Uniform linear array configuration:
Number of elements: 24
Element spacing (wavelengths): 1
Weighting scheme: cosine
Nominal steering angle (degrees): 0
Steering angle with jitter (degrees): -0.2906
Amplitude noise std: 0.05
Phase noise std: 0.05

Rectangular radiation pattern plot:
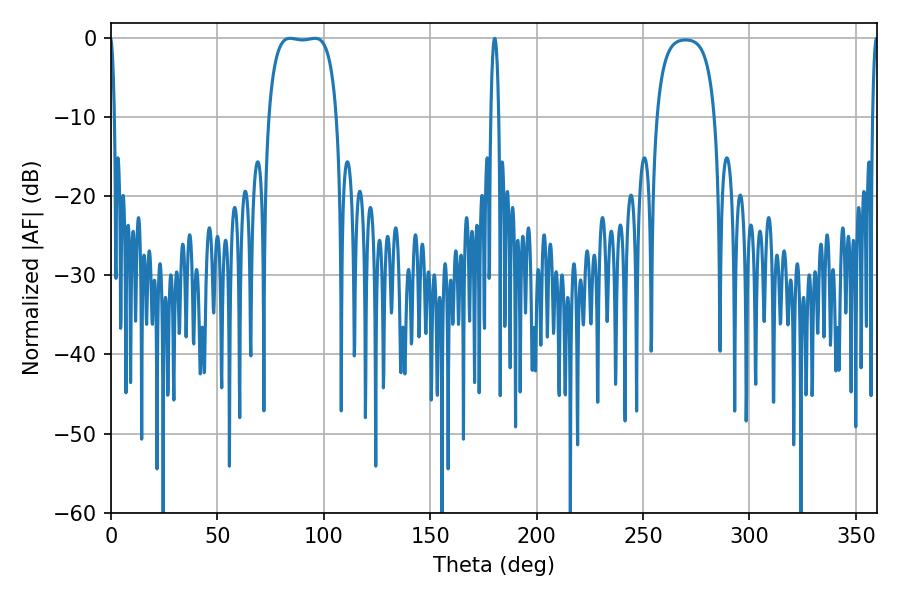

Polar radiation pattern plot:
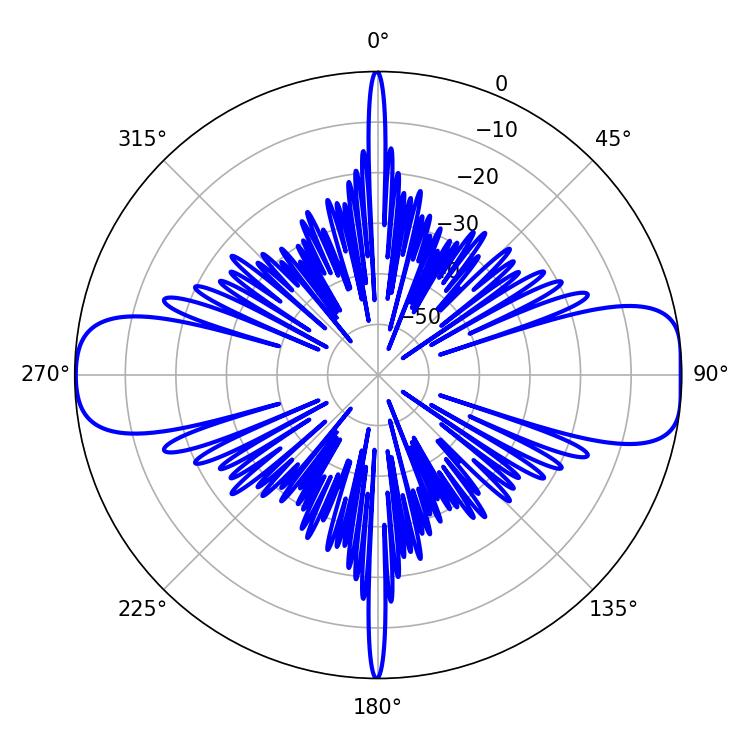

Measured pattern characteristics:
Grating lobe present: TRUE
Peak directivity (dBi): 12.437
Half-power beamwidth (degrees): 25.2
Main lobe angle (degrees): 84.06